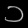
Digit: ၁